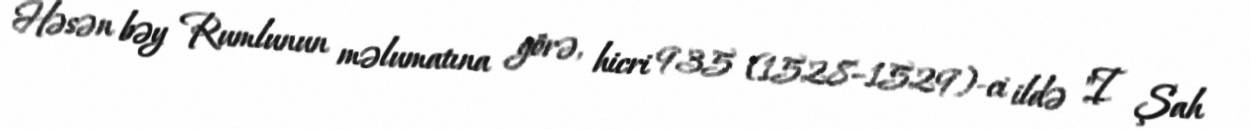
Həsən bəy Rumlunun məlumatına görə, hicri 935 (1528–1529)-ci ildə "I Şah